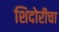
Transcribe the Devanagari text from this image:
शिदोरीचा